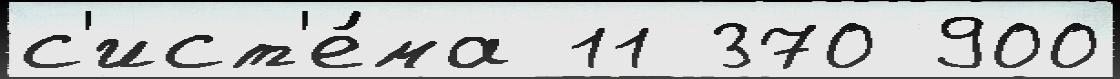
с'ист'е́ма 11 370 900